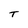
Character: T